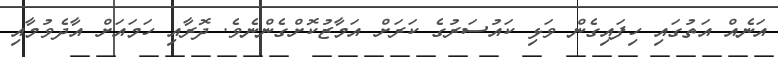
އަނެއް އަތުގައި ހިފައިގެން ވަޅި ކައުސަރުގެ ކަރަށް އަމާޒުކޮށްގެންނެވެ. ދޮރާއި ހަމައަށް އާދެވުމާއި